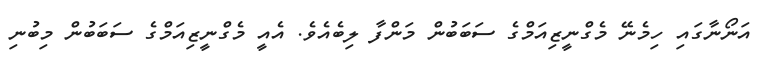
އަނޯނާގައި ހިމެނޭ މެގްނީޒިއަމްގެ ސަބަބުން މަންފާ ލިބެއެވެ. އެއީ މެގްނީޒިއަމްގެ ސަބަބުން މިބުނި